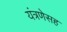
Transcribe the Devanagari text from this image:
यंत्रणेसह